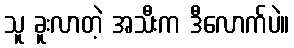
သူ ခူးလာတဲ့ အသီးက ဒီလောက်ပဲ။